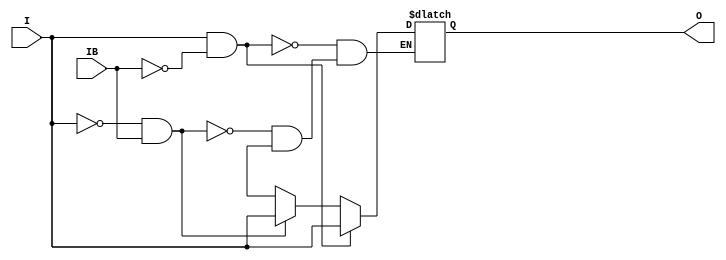
// $Header: /devl/xcs/repo/env/Databases/CAEInterfaces/verunilibs/data/unisims/IBUFDS_LVDS_25.v,v 1.7 2008/05/15 21:26:52 fphillip Exp $
///////////////////////////////////////////////////////////////////////////////
// Copyright (c) 1995/2004 Xilinx, Inc.
// All Right Reserved.
///////////////////////////////////////////////////////////////////////////////
//   ____  ____
//  /   /\/   /
// /___/  \  /    Vendor : Xilinx
// \   \   \/     Version : 10.1
//  \   \         Description : Xilinx Functional Simulation Library Component
//  /   /                  Differential Signaling Input Buffer with LVDS_25 I/O Standard
// /___/   /\     Filename : IBUFDS_LVDS_25.v
// \   \  /  \    Timestamp : Thu Mar 25 16:42:24 PST 2004
//  \___\/\___\
//
// Revision:
//    03/23/04 - Initial version.
//    05/23/07 - Changed timescale to 1 ps / 1 ps.
//    05/13/08 - CR 458290 -- Added else condition to handle x case.
// End Revision

`timescale  1 ps / 1 ps


module IBUFDS_LVDS_25 (O, I, IB);

    output O;

    input  I, IB;

    reg o_out;

    buf b_0 (O, o_out);

    always @(I or IB) begin
	if (I == 1'b1 && IB == 1'b0)
	    o_out <= I;
	else if (I == 1'b0 && IB == 1'b1)
	    o_out <= I;
        else if (I == 1'bx || IB == 1'bx)
            o_out <= 1'bx;
    end


endmodule